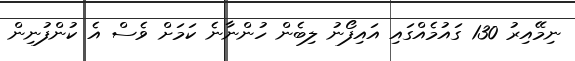
ނިމޭއިރު 130 ގައުމެއްގައި އައިފޯނު ލިބެން ހުންނާނެ ކަމަށް ވެސް އެ ކުންފުނިން